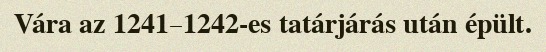
Vára az 1241–1242-es tatárjárás után épült.